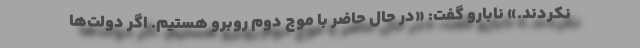
نکردند.» نابارو گفت: «در حال حاضر با موج دوم روبرو هستیم. اگر دولت‌ها